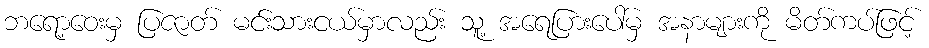
ဘရော့ဝေးမှ ပြဇာတ် မင်းသားငယ်မှာလည်း သူ့ အရေပြားပေါ်မှ အနာများကို မိတ်ကပ်ဖြင့်